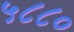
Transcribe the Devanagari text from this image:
५८८०